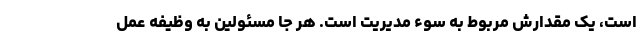
است، یک مقدارش مربوط به سوء مدیریت است. هر جا مسئولین به وظیفه عمل